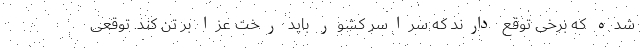
شده که برخی توقع دارند که سراسر کشور باید رخت عزا بر تن کند. توقعی